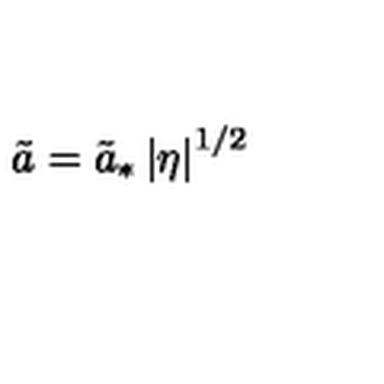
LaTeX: \tilde { a } = \tilde { a } _ { * } \left| \eta \right| ^ { 1 / 2 }